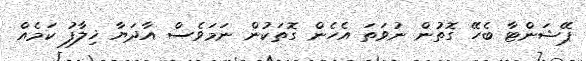
ޕޭޝަންޓާ ބެހޭ ގޮތުން ނުވަތަ އެހެން ގޮތަކުން ނަމަވެސް އާދަޔާ ޚިލާފު ކަމެއް